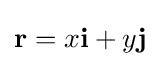
\mathbf {r} =x\mathbf {i} +y\mathbf {j}